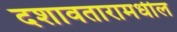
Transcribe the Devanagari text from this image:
दशावतारामधील